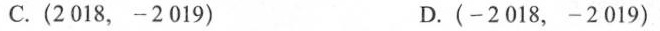
C.(2018，-2019) D.(-2018，-2019)